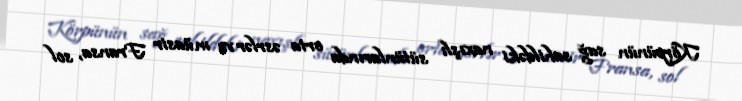
Körpünün sağ sahildəki naxışlı sütünlarında orta əsrlər və müasir Fransa, sol